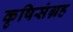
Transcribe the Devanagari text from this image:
कृषिसंग्रह